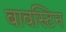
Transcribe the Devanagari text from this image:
बावस्टिन